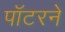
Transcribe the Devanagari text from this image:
पॉटरने